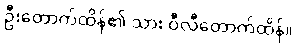
ဦးတောက်ထိန်၏ သား ဝီလီတောက်ထိန်။